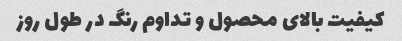
کیفیت بالای محصول و تداوم رنگ در طول روز